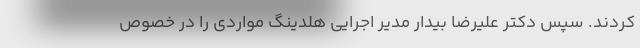
کردند. سپس دکتر علیرضا بیدار مدیر اجرایی هلدینگ مواردی را در خصوص